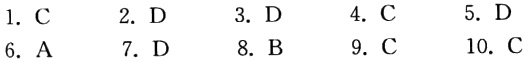
1. C
2. D
3. D
4. C
5. D
6. A
7. D
8. B
9. C
10. C